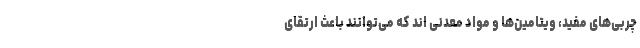
چربی‌های مفید، ویتامین‌ها و مواد معدنی اند که می‌توانند باعث ارتقای